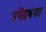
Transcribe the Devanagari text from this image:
उपेंद्रवज्रा